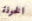
الخوذة